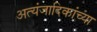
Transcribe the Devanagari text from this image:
अत्यंजादिकांच्या